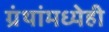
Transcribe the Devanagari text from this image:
ग्रंथांमध्येही